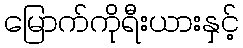
မြောက်ကိုရီးယားနှင့်